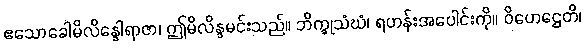
ဧသောခေါမိလိန္ဒေါရာဇာ၊ ဤမိလိန္ဒမင်းသည်။ ဘိက္ခုသံဃံ၊ ရဟန်းအပေါင်းကို။ ဝိဟေဌေတိ၊